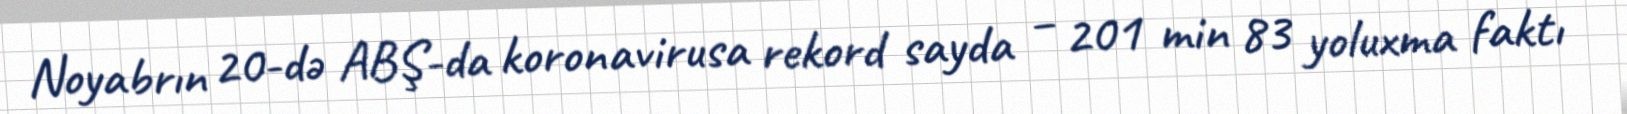
Noyabrın 20-də ABŞ-da koronavirusa rekord sayda – 201 min 83 yoluxma faktı